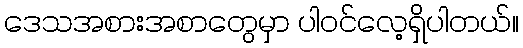
ဒေသအစားအစာတွေမှာ ပါဝင်လေ့ရှိပါတယ်။